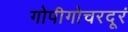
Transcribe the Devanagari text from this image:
गोपीगोचरदूरं